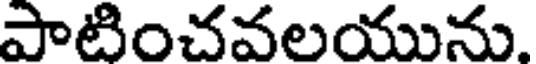
పాటించవలయును.